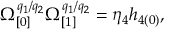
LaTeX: \Omega _ { \lbrack 0 ] } ^ { q _ { 1 } / q _ { 2 } } \Omega _ { \lbrack 1 ] } ^ { q _ { 1 } / q _ { 2 } } = \eta _ { 4 } h _ { 4 ( 0 ) } ,